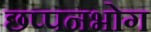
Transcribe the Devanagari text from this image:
छप्पनभोग